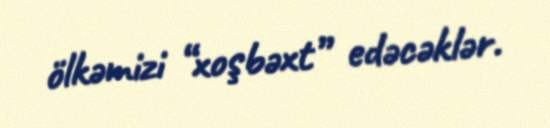
ölkəmizi “xoşbəxt” edəcəklər.